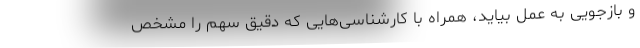
و بازجویی به عمل بیاید، همراه با کارشناسی‌هایی که دقیق سهم را مشخص